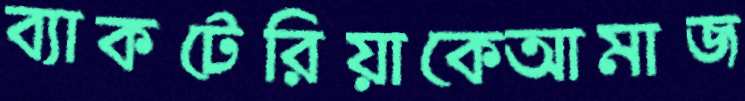
ব্যাকটেরিয়াকেআমাজ